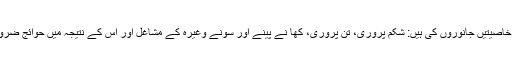
کچھ خاصیتیں جانوروں کی ہیں: شکم پروری، تن پروری، کھا نے پینے اور سونے وغیرہ کے مشاغل اور اس کے نتیجہ میں حوائجِ ضروریہ۔